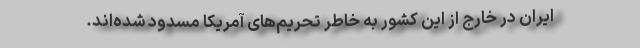
ایران در خارج از این کشور به خاطر تحریم‌های آمریکا مسدود شده‌اند.